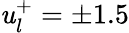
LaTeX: \mathit{u}_{l}^{+}=\pm1.5